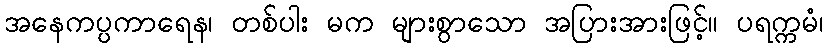
အနေကပ္ပကာရေန၊ တစ်ပါး မက များစွာသော အပြားအားဖြင့်။ ပရက္ကမံ၊